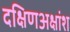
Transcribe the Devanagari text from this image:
दक्षिणअक्षांश